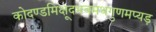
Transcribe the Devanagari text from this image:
कोदण्डमिक्षूदभवमथगुणमप्यड़